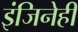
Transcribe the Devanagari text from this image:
इंजिनेही